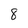
Character: 8